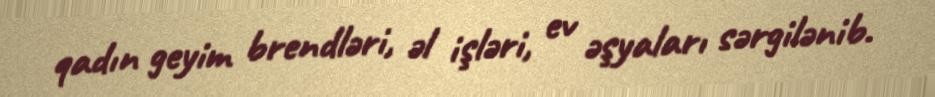
qadın geyim brendləri, əl işləri, ev əşyaları sərgilənib.